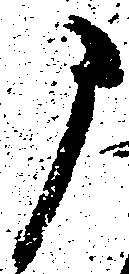
に